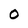
Character: O